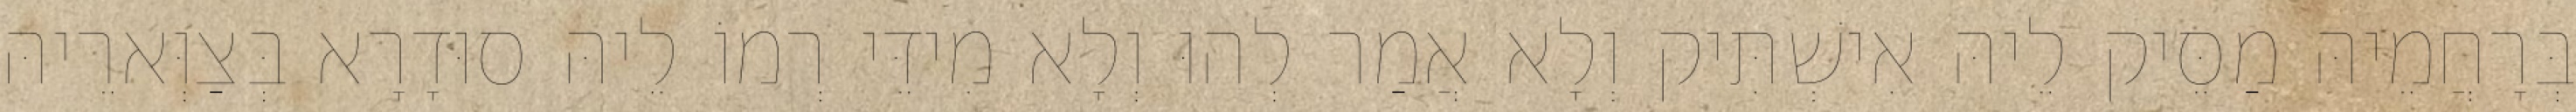
בְּרָחֲמֵיהּ מַסֵּיק לֵיהּ אִישְׁתִּיק וְלָא אֲמַר לְהוּ וְלָא מִידֵּי רְמוֹ לֵיהּ סוּדָרָא בְּצַוְּארֵיהּ